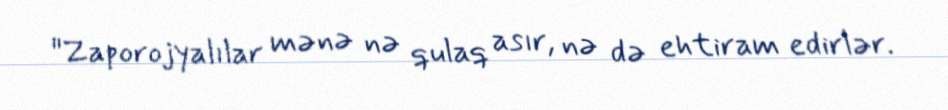
"Zaporojyalılar mənə nə qulaq asır, nə də ehtiram edirlər.